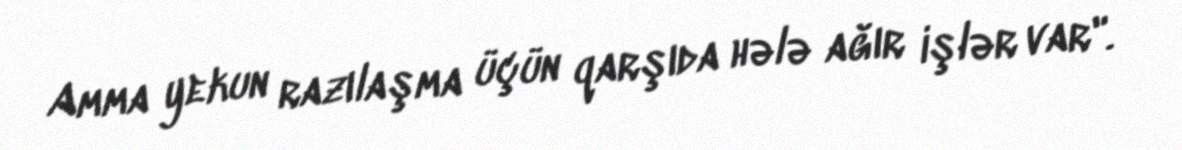
Amma yekun razılaşma üçün qarşıda hələ ağır işlər var".